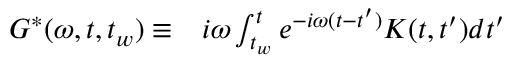
\begin{array} { r l } { { G } ^ { * } ( \omega , t , t _ { w } ) \equiv } & { { } i \omega \int _ { t _ { w } } ^ { t } e ^ { - i \omega ( t - t ^ { \prime } ) } K ( t , t ^ { \prime } ) d t ^ { \prime } } \end{array}